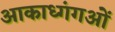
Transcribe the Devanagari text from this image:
आकाध्गंगओं